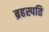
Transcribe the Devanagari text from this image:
ब्रहस्पति